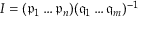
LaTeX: I = ( { \mathfrak { p } } _ { 1 } \ldots { \mathfrak { p } } _ { n } ) ( { \mathfrak { q } } _ { 1 } \ldots { \mathfrak { q } } _ { m } ) ^ { - 1 }